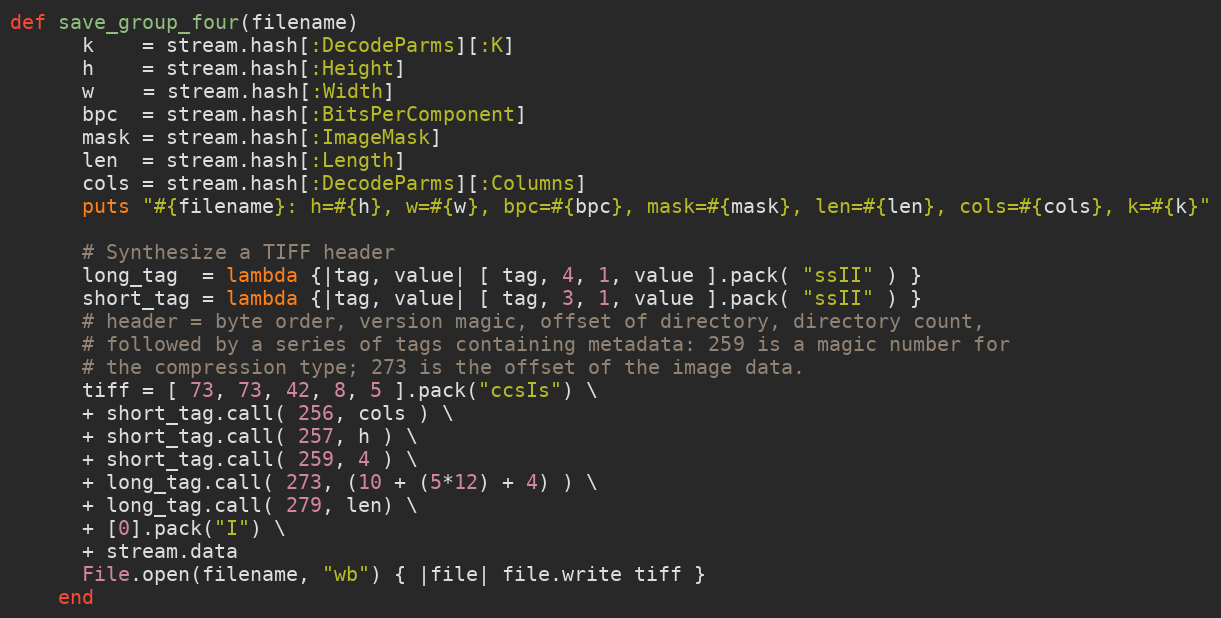
Language: Ruby
def save_group_four(filename)
      k    = stream.hash[:DecodeParms][:K]
      h    = stream.hash[:Height]
      w    = stream.hash[:Width]
      bpc  = stream.hash[:BitsPerComponent]
      mask = stream.hash[:ImageMask]
      len  = stream.hash[:Length]
      cols = stream.hash[:DecodeParms][:Columns]
      puts "#{filename}: h=#{h}, w=#{w}, bpc=#{bpc}, mask=#{mask}, len=#{len}, cols=#{cols}, k=#{k}"

      # Synthesize a TIFF header
      long_tag  = lambda {|tag, value| [ tag, 4, 1, value ].pack( "ssII" ) }
      short_tag = lambda {|tag, value| [ tag, 3, 1, value ].pack( "ssII" ) }
      # header = byte order, version magic, offset of directory, directory count,
      # followed by a series of tags containing metadata: 259 is a magic number for
      # the compression type; 273 is the offset of the image data.
      tiff = [ 73, 73, 42, 8, 5 ].pack("ccsIs") \
      + short_tag.call( 256, cols ) \
      + short_tag.call( 257, h ) \
      + short_tag.call( 259, 4 ) \
      + long_tag.call( 273, (10 + (5*12) + 4) ) \
      + long_tag.call( 279, len) \
      + [0].pack("I") \
      + stream.data
      File.open(filename, "wb") { |file| file.write tiff }
    end